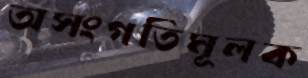
অসংগতিমূলক